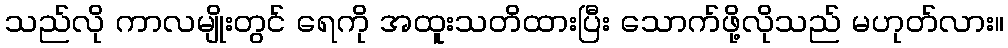
သည်လို ကာလမျိုးတွင် ရေကို အထူးသတိထားပြီး သောက်ဖို့လိုသည် မဟုတ်လား။